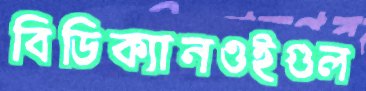
বিডিক্যানওইগুল